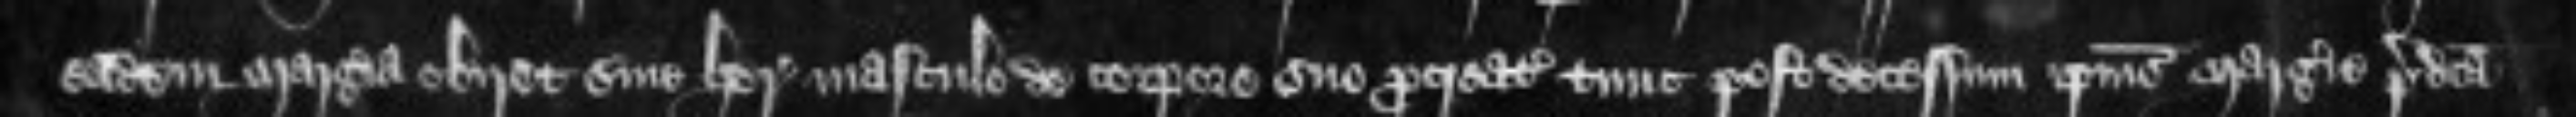
eadem Margeria obiret sine herede masculo de corpore suo procreato tunc post decessum ipsius Margerie predicta